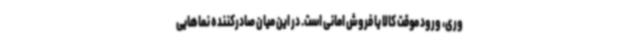
وری، ورود موقت کالا یا فروش امانی است. در این میان صادرکننده نماهایی